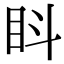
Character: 䀞